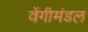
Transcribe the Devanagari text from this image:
वेंगीमंडल